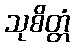
သုစိတ္တံ